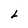
Character: L